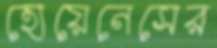
হোয়েনেসের